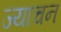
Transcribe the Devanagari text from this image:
ज्याचन